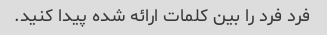
فرد فرد را بین کلمات ارائه شده پیدا کنید.